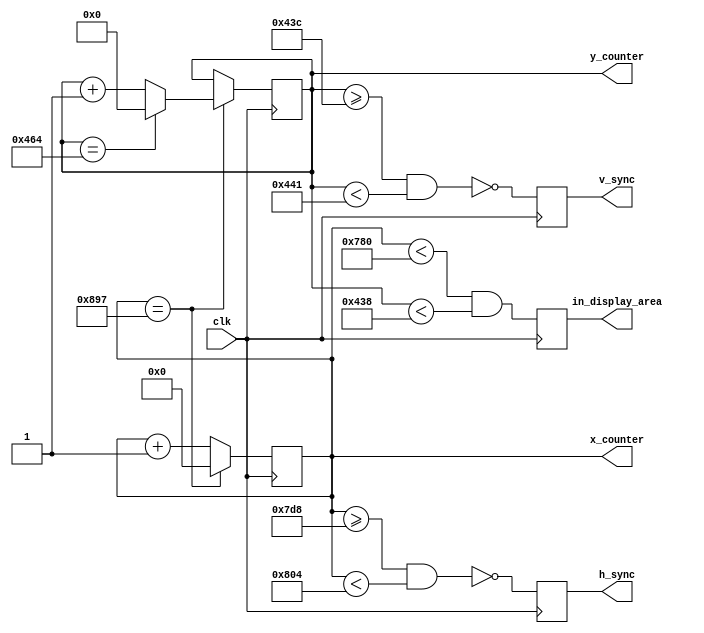
module vga_sync_generator (
           input clk ,
           output reg [11: 0] x_counter ,
           output reg [10: 0] y_counter ,
           output reg h_sync, v_sync ,
           output reg in_display_area
       );

localparam h_active_pixels = 1920 ;
localparam h_front_porch = 88 ;
localparam h_sync_width = 44 ;
localparam h_back_porch = 148 ;
localparam h_total_piexls = (h_active_pixels + h_front_porch + h_back_porch + h_sync_width);

localparam v_active_pixels = 1080 ;
localparam v_front_porch = 4 ;
localparam v_sync_width = 5 ;
localparam v_back_porch = 36 ;
localparam v_total_piexls = (v_active_pixels + v_front_porch + v_back_porch + v_sync_width);

always @(posedge clk)

    if (x_counter == h_total_piexls-1)
        x_counter <= 0;
    else
        x_counter <= x_counter + 1;


always @(posedge clk)
    if (x_counter == h_total_piexls-1)
    begin
        if (y_counter == v_total_piexls-1)
            y_counter <= 0;
        else
            y_counter <= y_counter + 1;
    end

always @(posedge clk)
begin
    h_sync <= !(x_counter >= h_active_pixels + h_front_porch && x_counter < h_active_pixels + h_front_porch + h_sync_width);
    v_sync <= !(y_counter >= v_active_pixels + v_front_porch && y_counter < v_active_pixels + v_front_porch + v_sync_width);
end

always @(posedge clk)
begin
    in_display_area <= (x_counter < h_active_pixels) && (y_counter < v_active_pixels);
end

endmodule